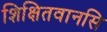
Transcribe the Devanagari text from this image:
शिक्षितवानसि